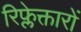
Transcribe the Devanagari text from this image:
रिफ्लेक्तारों